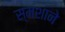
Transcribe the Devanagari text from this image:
स्मशाने